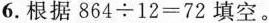
6.根据$$8 6 4 \div 1 2 = 7 2$$填空。